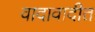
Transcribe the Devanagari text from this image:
वादावादीत